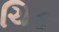
ચિક